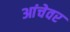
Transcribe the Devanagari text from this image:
आंचेवर